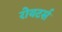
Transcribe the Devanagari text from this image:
रोयटर्स